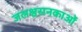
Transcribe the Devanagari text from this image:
जलश्वसनकाओं